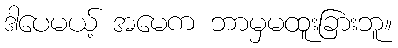
ဒါပေမယ့် အမေက ဘာမှမထူးခြားဘူ။